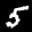
Label: 5